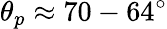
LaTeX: \theta_{p}\approx 70-64^{\circ}